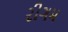
રીગમ